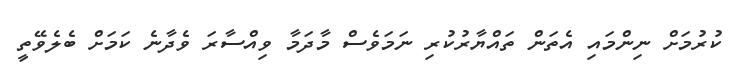
ކުރުމަށް ނިންމައި އެތަން ތައްޔާރުކުރި ނަމަވެސް މާދަމާ ވިއްސާރަ ވެދާނެ ކަމަށް ބެލެވޭތީ